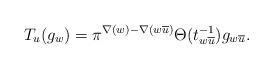
LaTeX: \begin{align*}T_{u}(g_w)=\pi^{\nabla(w)-\nabla(w\overline{u})}\Theta(t^{-1}_{w\overline{u}})g_{w\overline{u}}.\end{align*}